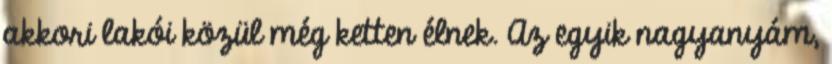
akkori lakói közül még ketten élnek. Az egyik nagyanyám,